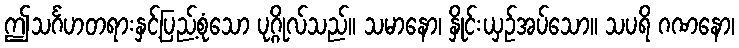
ဤသင်္ဂဟတရားနှင့်ပြည့်စုံသော ပုဂ္ဂိုလ်သည်။ သမာနော၊ နှိုင်းယှဉ်အပ်သော။ သပရိ ဂဏနော၊